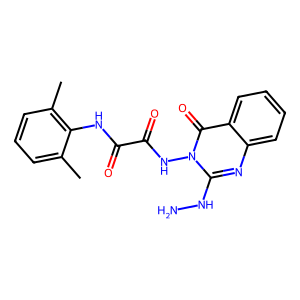
SMILES: Cc1cccc(C)c1NC(=O)C(=O)Nn1c(NN)nc2ccccc2c1=O
Inhibits HIV replication: No